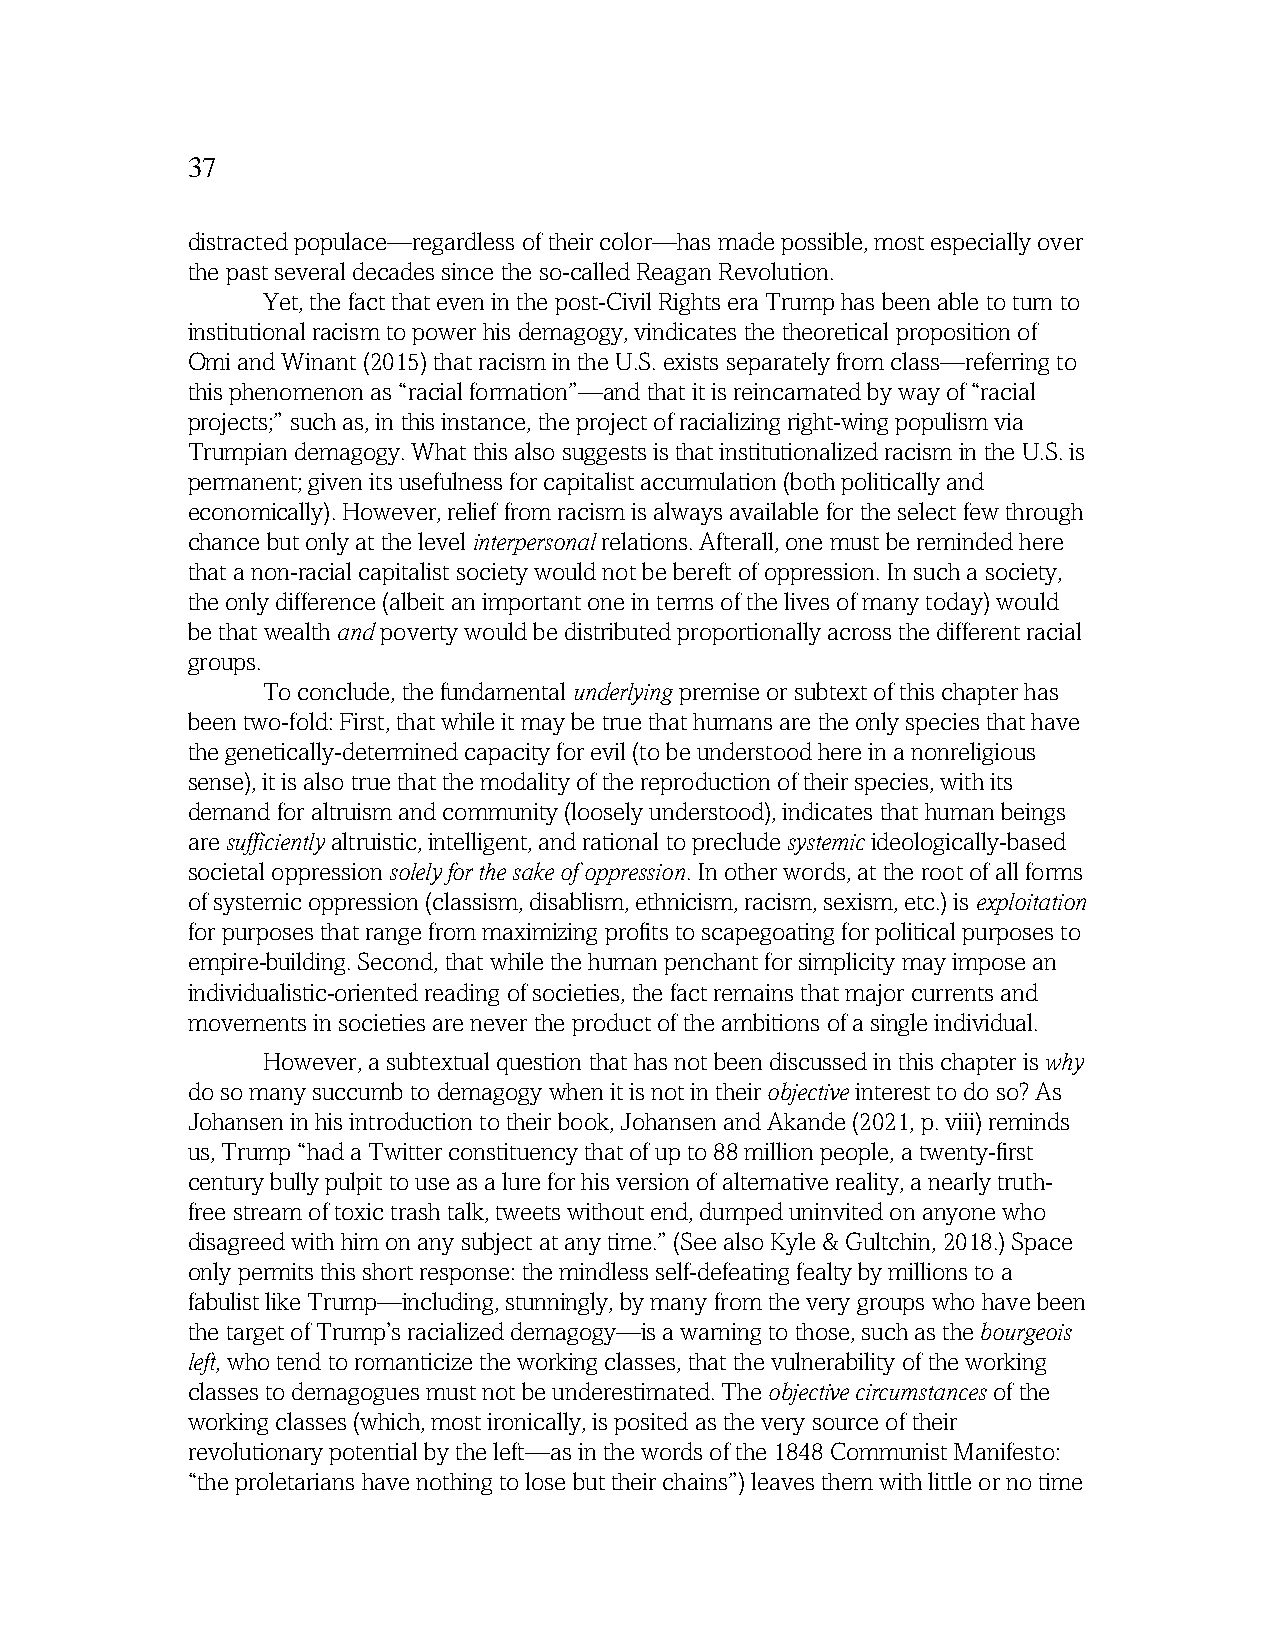
37
 distracted populace—regardless of their color—has made possible, most especially over
 the past several decades since the so-called Reagan Revolution.
 Yet, the fact that even in the post-Civil Rights era Trump has been able to turn to
 institutional racism to power his demagogy, vindicates the theoretical proposition of
 Omi and Winant (2015) that racism in the U.S. exists separately from class—referring to
 this phenomenon as “racial formation”—and that it is reincarnated by way of “racial
 projects;” such as, in this instance, the project of racializing right-wing populism via
 Trumpian demagogy. What this also suggests is that institutionalized racism in the U.S. is
 permanent; given its usefulness for capitalist accumulation (both politically and
 economically). However, relief from racism is always available for the select few through
 chance but only at the level interpersonal relations. Afterall, one must be reminded here
 that a non-racial capitalist society would not be bereft of oppression. In such a society,
 the only difference (albeit an important one in terms of the lives of many today) would
 be that wealth and poverty would be distributed proportionally across the different racial
 groups.
 To conclude, the fundamental underlying premise or subtext of this chapter has
 been two-fold: First, that while it may be true that humans are the only species that have
 the genetically-determined capacity for evil (to be understood here in a nonreligious
 sense), it is also true that the modality of the reproduction of their species, with its
 demand for altruism and community (loosely understood), indicates that human beings
 are sufficiently altruistic, intelligent, and rational to preclude systemic ideologically-based
 societal oppression solely for the sake of oppression. In other words, at the root of all forms
 of systemic oppression (classism, disablism, ethnicism, racism, sexism, etc.) is exploitation
 for purposes that range from maximizing profits to scapegoating for political purposes to
 empire-building. Second, that while the human penchant for simplicity may impose an
 individualistic-oriented reading of societies, the fact remains that major currents and
 movements in societies are never the product of the ambitions of a single individual.
 However, a subtextual question that has not been discussed in this chapter is why
 do so many succumb to demagogy when it is not in their objective interest to do so? As
 Johansen in his introduction to their book, Johansen and Akande (2021, p. viii) reminds
 us, Trump “had a Twitter constituency that of up to 88 million people, a twenty-first
 century bully pulpit to use as a lure for his version of alternative reality, a nearly truth-
 free stream of toxic trash talk, tweets without end, dumped uninvited on anyone who
 disagreed with him on any subject at any time.” (See also Kyle & Gultchin, 2018.) Space
 only permits this short response: the mindless self-defeating fealty by millions to a
 fabulist like Trump—including, stunningly, by many from the very groups who have been
 the target of Trump’s racialized demagogy—is a warning to those, such as the bourgeois
 left, who tend to romanticize the working classes, that the vulnerability of the working
 classes to demagogues must not be underestimated. The objective circumstances of the
 working classes (which, most ironically, is posited as the very source of their
 revolutionary potential by the left—as in the words of the 1848 Communist Manifesto:
 “the proletarians have nothing to lose but their chains”) leaves them with little or no time